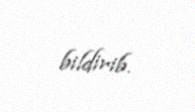
bildirib.